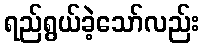
ရည်ရွယ်ခဲ့သော်လည်း